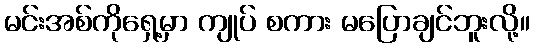
မင်းအစ်ကိုရှေ့မှာ ကျုပ် စကား မပြောချင်ဘူးလို့။